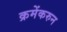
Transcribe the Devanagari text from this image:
क्रमेंकरुन